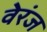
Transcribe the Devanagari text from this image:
वेरंज